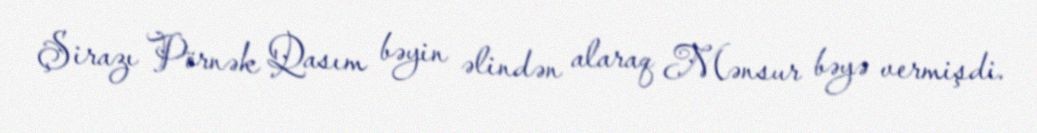
Şirazı Pörnək Qasım bəyin əlindən alaraq Mənsur bəyə vermişdi.